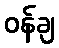
ဝန်ချ